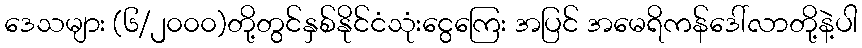
ဒေသများ (၆/၂၀၀၀)တို့တွင်နှစ်နိုင်ငံသုံးငွေကြေး အပြင် အမေရိကန်ဒေါ်လာတို့နဲ့ပါ